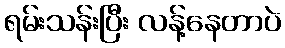
ရမ်းသန်းပြီး လန့်နေတာပဲ